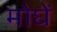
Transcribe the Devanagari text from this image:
मोघें